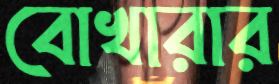
বোখারার